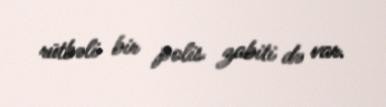
rütbəli bir polis zabiti də var.